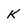
Character: K